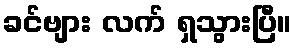
ခင်ဗျား လက် ရှသွားပြီ။